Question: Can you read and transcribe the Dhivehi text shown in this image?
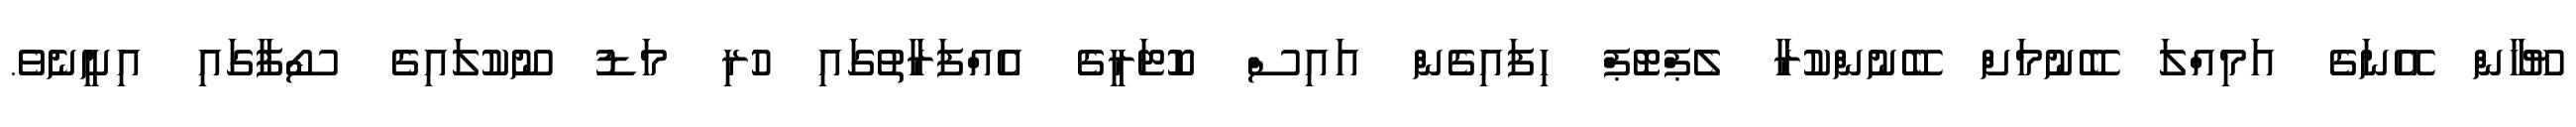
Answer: ޔޫހާން އޭނަގެ އަމިއްލަ ބޭނުމަށް ބޭނުންކުރާ ލެޕްޓޮޕް ހިފައިގެން އައިސް ކޮޓަރީގެ އެއްފަރާތުގައި ހުރި މަޑު ނޫކުލައިގެ ސޯފާގައި އިށީނެވެ.